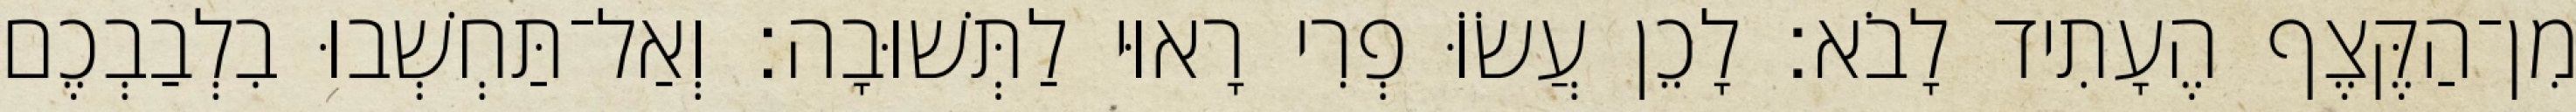
מִן־הַקֶּצֶף הֶעָתִיד לָבֹא׃ לָכֵן עֲשׂוֹּ פְרִי רָאוּי לַתְּשׁוּבָה׃ וְאַל־תַּחְשְׁבוּ בִלְבַבְכֶם